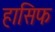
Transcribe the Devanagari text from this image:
हासिफ